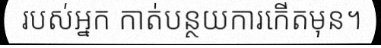
របស់អ្នក កាត់បន្ថយការកើតមុន។